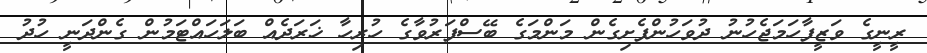
ރީނީގެ ވަޒީފާހަމަޖެހުނު ދުވަހުންފެށިގެން މަންމަގެ ބޭސްފަރުވާގެ ހުރިހާ ޚަރަދެއް ބަލަހައްޓަމުން ގެންދަނީ ހުދު